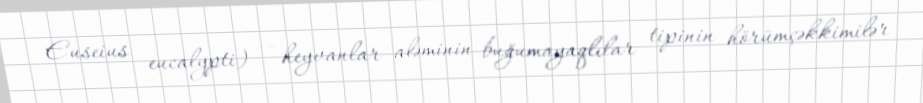
Euseius eucalypti) — heyvanlar aləminin buğumayaqlılar tipinin hörümçəkkimilər